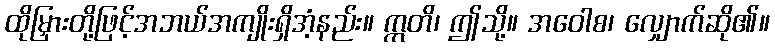
ထိုမြှားတို့ဖြင့်အဘယ်အကျိုးရှိအံ့နည်း။ ဣတိ၊ ဤသို့။ အဝေါစ၊ လျှောက်ဆို၏။